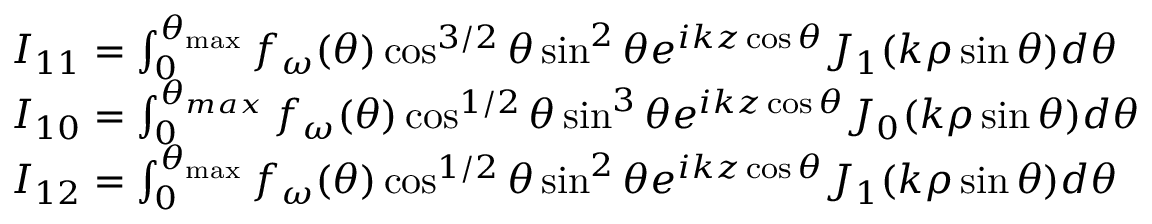
\begin{array} { r l } & { I _ { 1 1 } = \int _ { 0 } ^ { \theta _ { \operatorname* { m a x } } } f _ { \omega } ( \theta ) \cos ^ { 3 / 2 } \theta \sin ^ { 2 } \theta e ^ { i k z \cos \theta } J _ { 1 } ( k \rho \sin \theta ) d \theta } \\ & { I _ { 1 0 } = \int _ { 0 } ^ { \theta _ { m a x } } f _ { \omega } ( \theta ) \cos ^ { 1 / 2 } \theta \sin ^ { 3 } \theta e ^ { i k z \cos \theta } J _ { 0 } ( k \rho \sin \theta ) d \theta } \\ & { I _ { 1 2 } = \int _ { 0 } ^ { \theta _ { \operatorname* { m a x } } } f _ { \omega } ( \theta ) \cos ^ { 1 / 2 } \theta \sin ^ { 2 } \theta e ^ { i k z \cos \theta } J _ { 1 } ( k \rho \sin \theta ) d \theta } \end{array}